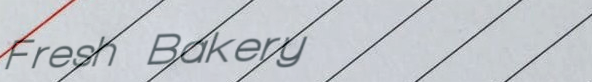
Fresh Bakery